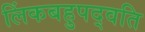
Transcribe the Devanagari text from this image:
लिंकबहुपद्वति